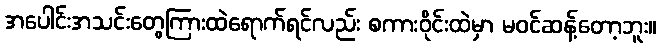
အပေါင်းအသင်းတွေကြားထဲရောက်ရင်လည်း စကားဝိုင်းထဲမှာ မဝင်ဆန့်တော့ဘူး။